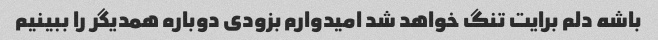
باشه دلم برایت تنگ خواهد شد امیدوارم بزودی دوباره همدیگر را ببینیم